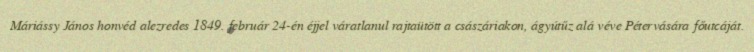
Máriássy János honvéd alezredes 1849. február 24-én éjjel váratlanul rajtaütött a császáriakon, ágyútűz alá véve Pétervására főutcáját.